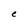
Character: e